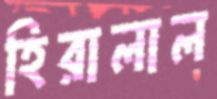
হিরালাল